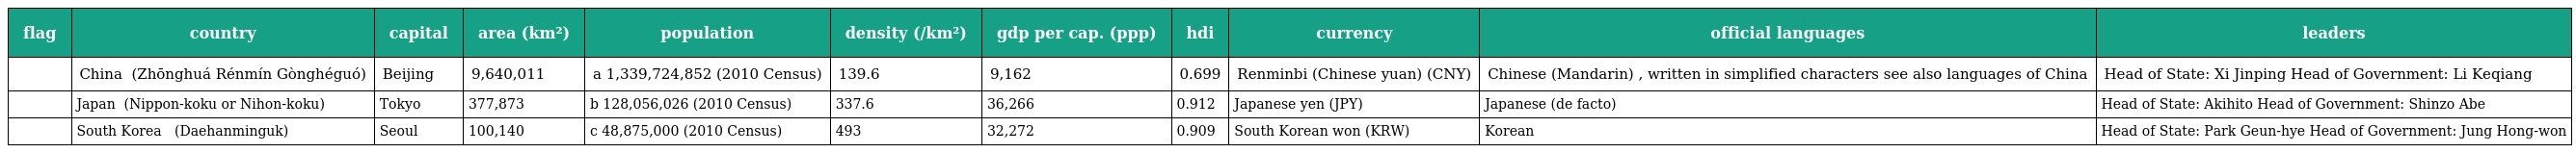
| flag | country | capital | area (km²) | population | density (/km²) | gdp per cap. (ppp) | hdi | currency | official languages | leaders |
 | --- | --- | --- | --- | --- | --- | --- | --- | --- | --- | --- |
 |  | China 中华人民共和国 (Zhōnghuá Rénmín Gònghéguó) | Beijing | 9,640,011 | a 1,339,724,852 (2010 Census) | 139.6 | 9,162 | 0.699 | Renminbi (Chinese yuan) (CNY) | Chinese (Mandarin) , written in simplified characters see also languages of China | Head of State: Xi Jinping Head of Government: Li Keqiang |
 |  | Japan 日本国 (Nippon-koku or Nihon-koku) | Tokyo | 377,873 | b 128,056,026 (2010 Census) | 337.6 | 36,266 | 0.912 | Japanese yen (JPY) | Japanese (de facto) | Head of State: Akihito Head of Government: Shinzo Abe |
 |  | South Korea 대한민국 大韓民國 (Daehanminguk) | Seoul | 100,140 | c 48,875,000 (2010 Census) | 493 | 32,272 | 0.909 | South Korean won (KRW) | Korean | Head of State: Park Geun-hye Head of Government: Jung Hong-won |